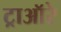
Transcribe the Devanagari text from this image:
ट्राऑरे